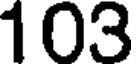
103